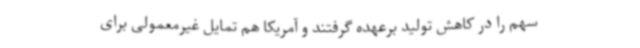
سهم را در کاهش تولید برعهده گرفتند و آمریکا هم تمایل غیرمعمولی برای